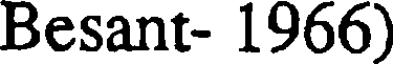
Besant- 1966)